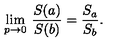
\lim _ { p \to 0 } \: \frac { S ( a ) } { S ( b ) } = \frac { S _ { a } } { S _ { b } } .